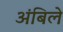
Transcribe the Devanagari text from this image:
अंबिले